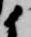
候